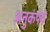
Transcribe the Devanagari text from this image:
अनुकंपेने